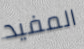
المفيد